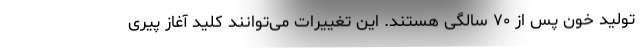
تولید خون پس از ۷۰ سالگی هستند. این تغییرات می‌توانند کلید آغاز پیری